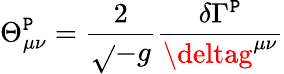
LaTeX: \Theta_{\mu\nu}^{\mathtt{P}}=\frac{{2}}{{\sqrt{}{{-g}}}}\frac{{\delta\Gamma^{\mathtt{P}}}}{{\deltag^{\mu\nu}}}